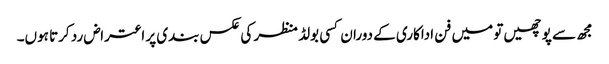
مجھ سے پوچھیں تو میں فن اداکاری کے دوران کسی بولڈ منظر کی عکس بندی پر اعتراض رد کرتا ہوں۔